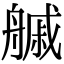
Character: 𦪊